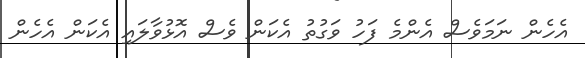
އެހެން ނަމަވެސް އެންމެ ފަހު ވަގުތު އެކަން ވެސް އޮޅުވާލައި އެކަން އެހެން